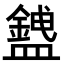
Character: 𥃅